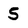
Character: 5